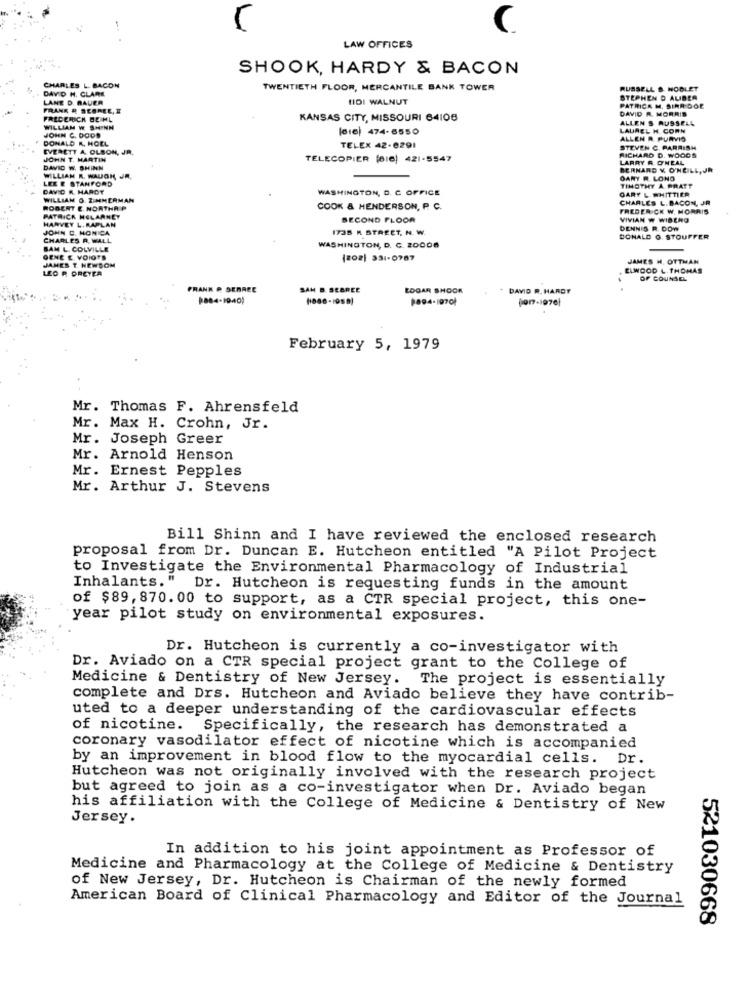
5
C
LAW OFFICES
SHOOK, HARDY & BACON
DAVID H. CLARK
CHARLES L. BACON
TWENTIETH FLOOR, MERCANTILE BANK TOWER
RUSSELL &. NOBLET
LANE D. BAUER
HIDI WALNUT
STEPHEN D ALIBER
FRANK & SEGREE, I
PATRICK M. SIRA GOE
DAVID R. MORRIS
FREDERICK BEIHL
KANSAS CITY, MISSOURI 64108
ALLEN S RUSSELL
WILLIAM W SHINN
JOHN C. DODD
[sie) 474-6550
LAUREL H. CORN
DONALD R. HOEL
ALLEN R. PURVIS
EVERETT A. OLSON, JR.
TELEX 42-6291
STEVEN C. PARRISH
RICHARD D. WOODS
JOHN T. MARTIN
TELECOPIER (BIC) 421-5547
LARRY R. O'NEAL
DAVID W. SHINN
BERNARD Y O'NEILL, JR
WILLIAM R. WAUGH, JA.
LEE E STANFORD
DARY R. LONO
DAVID R. MARGT
WASHINGTON, D. C OFFICE
TIMOTHY A. PRATT
GARY & WHITTIER
WILLIAM O. ZIMMERMAN
CHARLES L. BACON, JR
ROBERT E NORTHA P
COOK & HENDERSON, P. C.
FREDERICK W. MORRIS
PATRICK HOLARNET
HARVEY L. KAPLAN
SECOND FLOOR
VIVIAN W WIBERG
JOHN C. MONICA
1735 M STREET, N. W.
DENNIS R. DOW
CHARLES R. WALL
DONALD G. STOUFFER
BAM L. COLVILLE
WASHINGTON, D. C. 20006
GENE E VOIOTS
(202) 331-0787
JAMES H. OTTMAN
JAMES T. NEWSOM
LEG R OREYEA
ELWOOD L. THOMAS
OF COUNSEL
PRANK P SEBREE
SAM B. SEBREE
EDGAR SHOOK
DAVID R. HARDY
$884-1940)
9894-1970}
$9-19701
February 5, 1979
Mr. Thomas F. Ahrensfeld
Mr. Max H. Crohn, Jr.
Mr. Joseph Greer
Mr. Arnold Henson
Mr. Ernest Pepples
Mr. Arthur J. Stevens
Bill Shinn and I have reviewed the enclosed research
proposal from Dr. Duncan E. Hutcheon entitled "A Pilot Project
to Investigate the Environmental Pharmacology of Industrial
Inhalants." Dr. Hutcheon is requesting funds in the amount
of $89, 870.00 to support, as a CTR special project, this one-
year pilot study on environmental exposures.
Dr. Hutcheon is currently a co-investigator with
Dr. Aviado on a CTR special project grant to the College of
Medicine & Dentistry of New Jersey.
The project is essentially
complete and Drs. Hutcheon and Aviado believe they have contrib-
uted to a deeper understanding of the cardiovascular effects
of nicotine.
Specifically, the research has demonstrated a
coronary vasodilator effect of nicotine which is accompanied
by an improvement in blood flow to the myocardial cells. Dr.
Hutcheon was not originally involved with the research project
but agreed to join as a co-investigator when Dr. Aviado began
his affiliation with the College of Medicine & Dentistry of New
Jersey.
In addition to his joint appointment as Professor of
Medicine and Pharmacology at the College of Medicine & Dentistry
of New Jersey, Dr. Hutcheon is Chairman of the newly formed
American Board of Clinical Pharmacology and Editor of the Journal
521030668